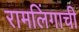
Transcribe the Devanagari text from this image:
रामलिंगाची